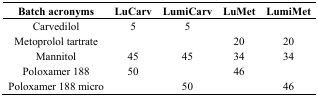
<table><thead><tr><td><b>Batch acronyms</b></td><td><b>LuCarv</b></td><td><b>LumiCarv</b></td><td><b>LuMet</b></td><td><b>LumiMet</b></td></tr></thead><tbody><tr><td>Carvedilol</td><td>5</td><td>5</td><td></td><td></td></tr><tr><td>Metoprolol tartrate</td><td></td><td></td><td>20</td><td>20</td></tr><tr><td>Mannitol</td><td>45</td><td>45</td><td>34</td><td>34</td></tr><tr><td>Poloxamer 188</td><td>50</td><td></td><td>46</td><td></td></tr><tr><td>Poloxamer 188 micro</td><td></td><td>50</td><td></td><td>46</td></tr></tbody></table>